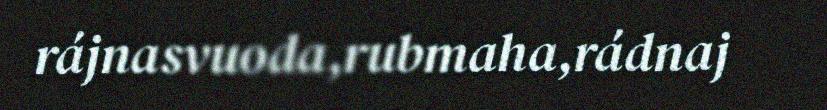
rájnasvuoda,rubmaha,rádnaj